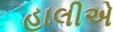
હાલીએ